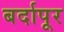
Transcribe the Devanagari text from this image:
बर्दापूर